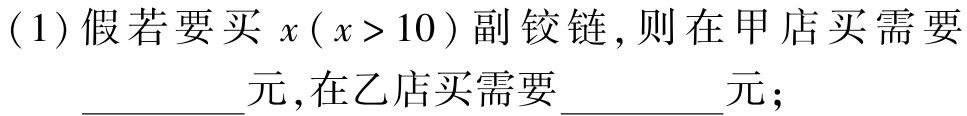
(1)假若要买\(x(x > 10)\)副铰链，则在甲店买需要 _________元，在乙店买需要 _________元；